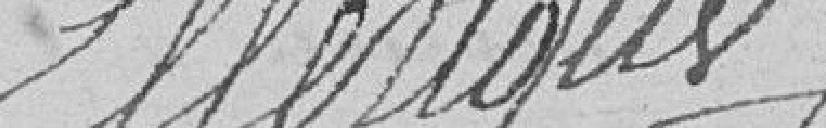
Ellerique